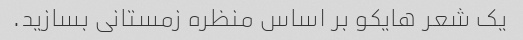
یک شعر هایکو بر اساس منظره زمستانی بسازید.